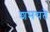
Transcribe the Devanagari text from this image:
शमयते